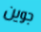
جوين